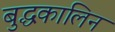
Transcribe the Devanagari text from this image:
बुद्धकालिन